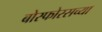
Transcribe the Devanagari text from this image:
बोस्फोरसच्या